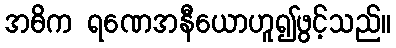
အဓိက ရဏေအနီယောဟူ၍ဖွင့်သည်။